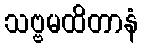
သဗ္ဗမထိတာနံ